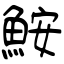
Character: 鮟